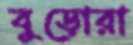
বুড়োরা